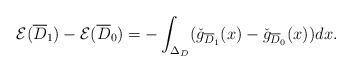
LaTeX: \begin{align*}\mathcal{E}(\overline{D}_1)-\mathcal{E}(\overline{D}_0)=-\int_{\Delta_D}(\check{g}_{\overline{D}_1}(x)-\check{g}_{\overline{D}_0}(x))dx.\end{align*}